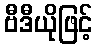
ဗီဒီယိုဖြင့်